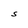
Character: S